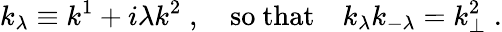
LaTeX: k_{\lambda}\equiv k^{1}+i\lambda k^{2}\; ,\quad\mathrm{so~that}\quad k_{\lambda}k_{-\lambda}=k_{\perp}^{2}\; .